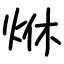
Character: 烌